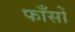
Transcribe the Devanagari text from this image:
फाँसों